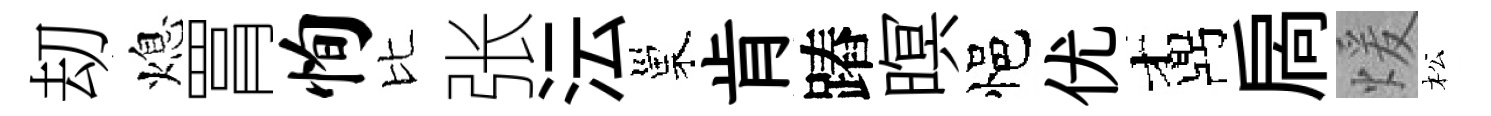
刧熄罥恂比张沄巢肯蹖暝悒优鼒扄煖松